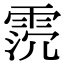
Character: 𩂸